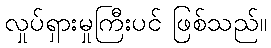
လှုပ်ရှားမှုကြီးပင် ဖြစ်သည်။